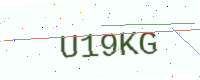
Text: U19KG